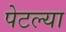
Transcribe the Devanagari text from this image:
पेटल्या